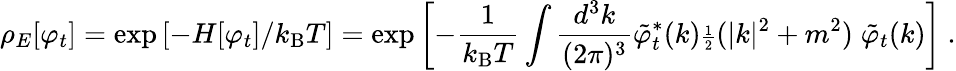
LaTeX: \rho_{E}[\varphi_{t}]=\exp{[-H[\varphi_{t}]/k_{\mathrm{B}}T]}=\exp{\left[-{\frac{1}{k_{\mathrm{B}}T}}\int{\frac{d^{3}k}{(2\pi)^{3}}}{\tilde{\varphi}}_{t}^{*}(k){\scriptstyle{\frac{1}{2}}}(|k|^{2}+m^{2})\; {\tilde{\varphi}}_{t}(k)\right]}~.